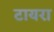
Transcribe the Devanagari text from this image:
टायरा